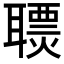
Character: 𦗩